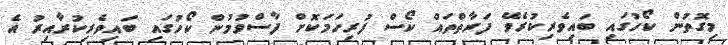
މިގޮތުން ކޯހުގައި ބައިވެރިކުރެވޭ ފަރާތްތައް ކޯސް ފުރިހަމަކޮށް ފާސްވުމުން ކޯހުގައި ބައިވެރިކުރާއިރު އެ